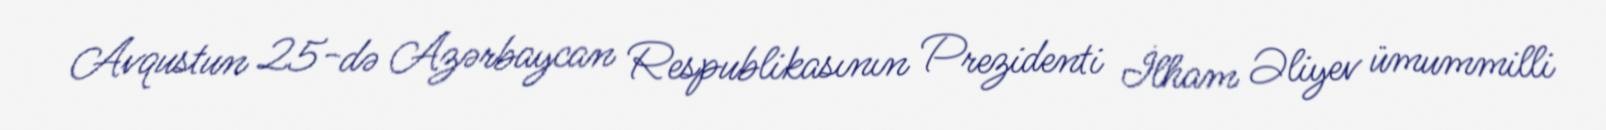
Avqustun 25-də Azərbaycan Respublikasının Prezidenti İlham Əliyev ümummilli